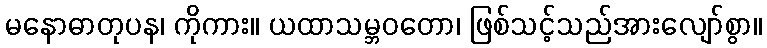
မနောဓာတုပန၊ ကိုကား။ ယထာသမ္ဘဝတော၊ ဖြစ်သင့်သည်အားလျော်စွာ။